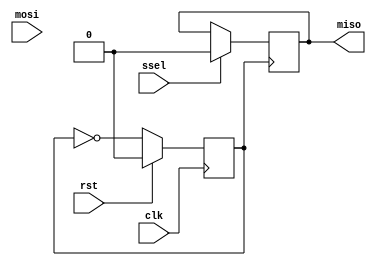
module spi_controller (
    input wire clk,                    // input clock signal
    input wire rst,                    // reset signal
    input wire ssel,                   // slave select signal
    input wire mosi,                   // master output slave input signal
    output wire miso                   // master input slave output signal
);

// Timing control units
reg clk_out;
always @(posedge clk) begin
    if (rst) begin
        clk_out <= 0;
    end else begin
        clk_out <= ~clk_out;
    end
end

// Synchronization blocks
reg [7:0] data_in;
reg [7:0] data_out;

always @(posedge clk_out) begin
    if (ssel) begin
        data_out <= mosi;
    end
end

always @(posedge clk_out) begin
    if (ssel) begin
        miso <= data_in;
    end
end

endmodule